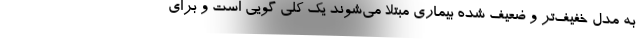
به مدل خفیف‌تر و ضعیف شده بیماری مبتلا می‌شوند یک کلی گویی است و برای